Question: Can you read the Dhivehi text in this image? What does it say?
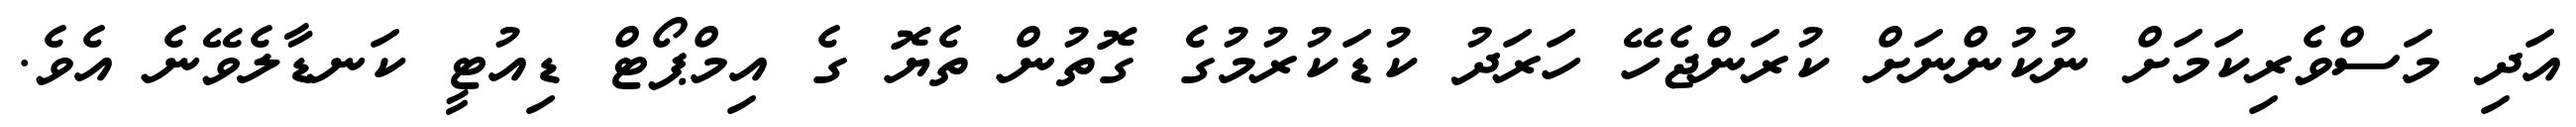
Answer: އަދި މަސްވެރިކަމަށް ނުކުންނަށް ކުރަންޖެހޭ ހަރަދު ކުޑަކުރުމުގެ ގޮތުން ތެޔޮ ގެ އިމްޕޯޓް ޑިއުޓީ ކަނޑާލެވޭނެ އެވެ.